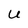
Character: U